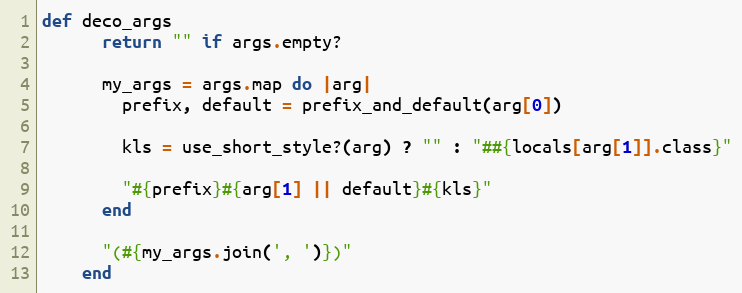
Language: Ruby
def deco_args
      return "" if args.empty?

      my_args = args.map do |arg|
        prefix, default = prefix_and_default(arg[0])

        kls = use_short_style?(arg) ? "" : "##{locals[arg[1]].class}"

        "#{prefix}#{arg[1] || default}#{kls}"
      end

      "(#{my_args.join(', ')})"
    end